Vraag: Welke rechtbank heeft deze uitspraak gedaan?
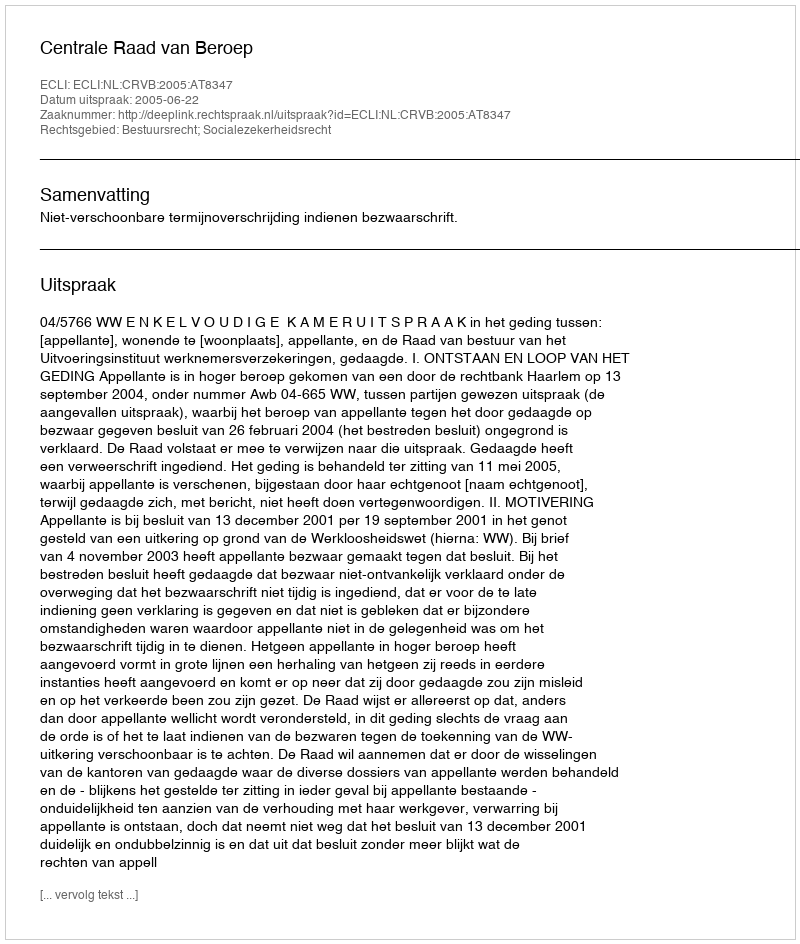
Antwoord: Centrale Raad van Beroep